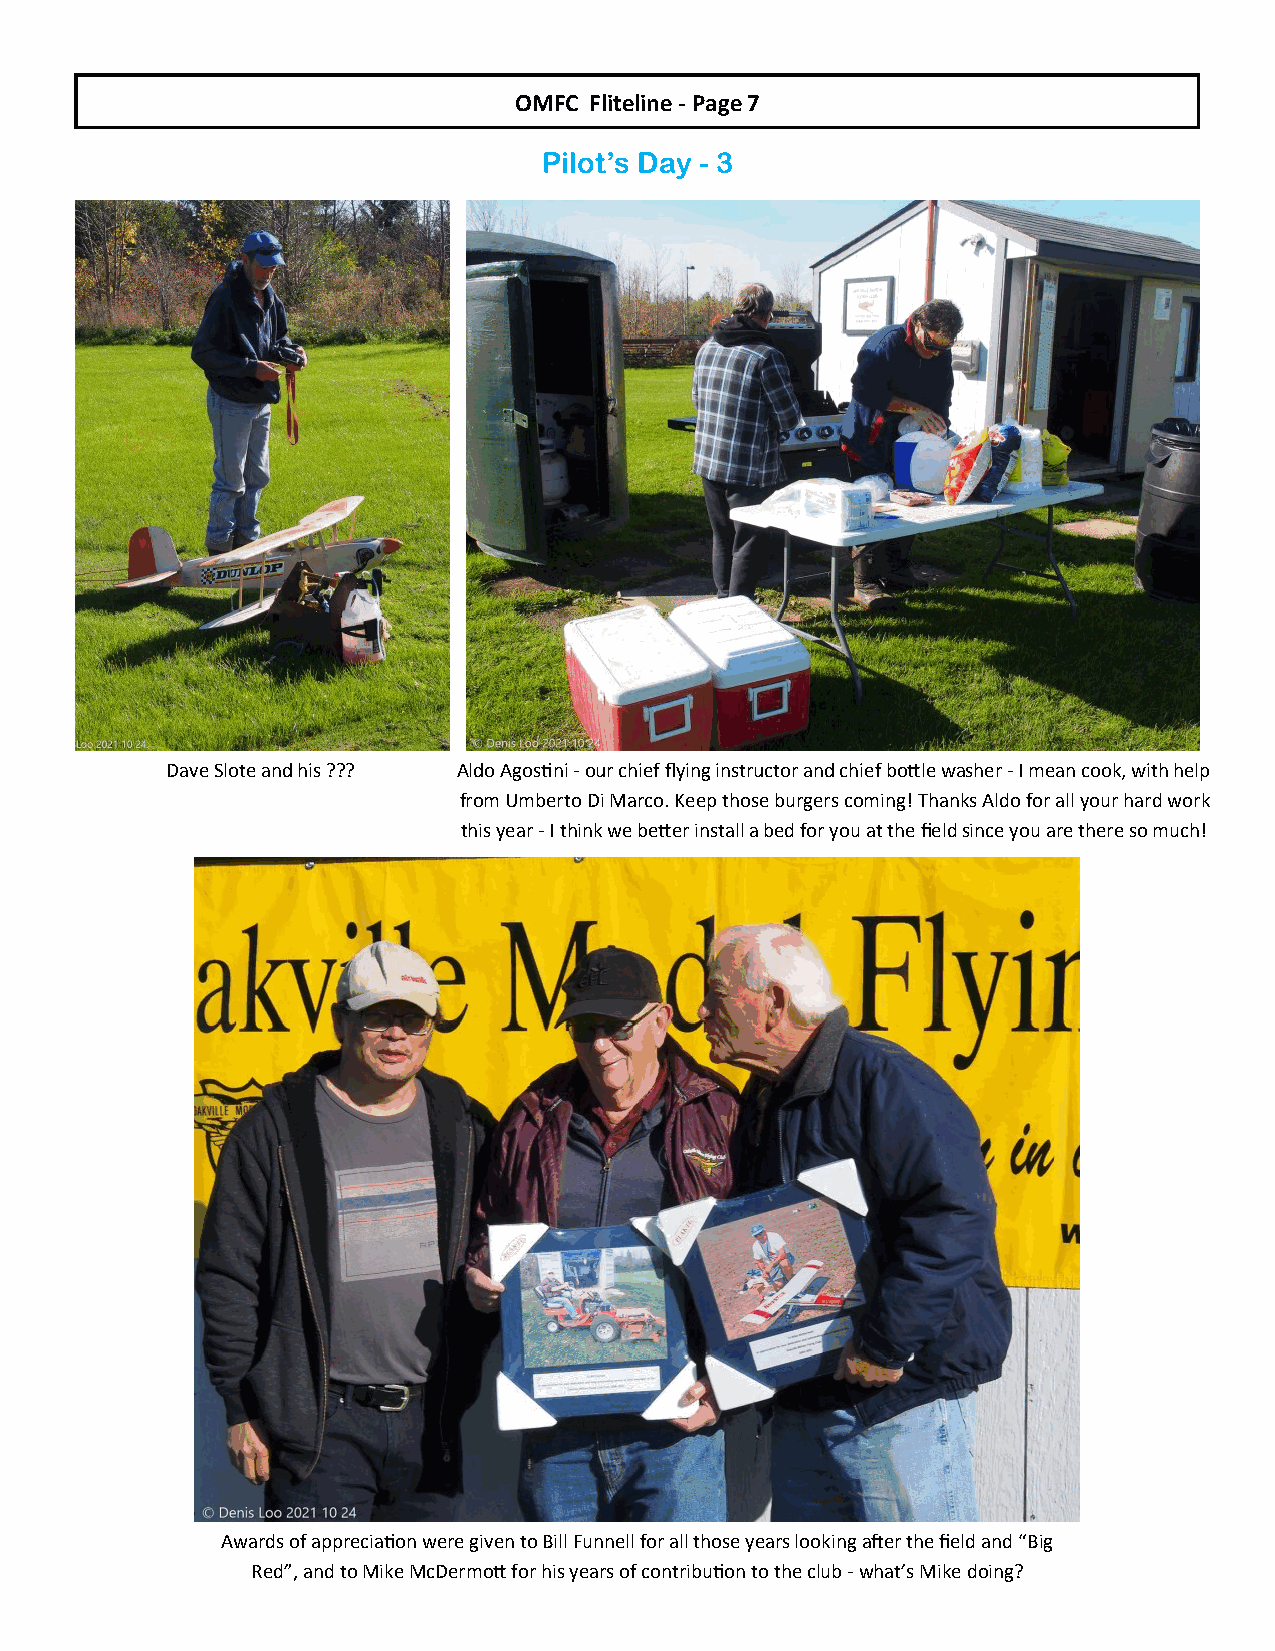
OMFC Fliteline - Page 7
 Pilot’s Day - 3
 Dave Slote and his ??? Aldo Agostini - our chief flying instructor and chief bottle washer - I mean cook, with help
 from Umberto Di Marco. Keep those burgers coming! Thanks Aldo for all your hard work
 this year - I think we better install a bed for you at the field since you are there so much!
 Awards of appreciation were given to Bill Funnell for all those years looking after the field and “Big
 Red”, and to Mike McDermott for his years of contribution to the club - what’s Mike doing?